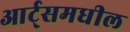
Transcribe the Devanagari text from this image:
आर्ट्‌समधील